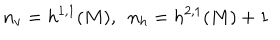
LaTeX: n _ { v } = h ^ { 1 , 1 } ( M ) , ~ ~ n _ { h } = h ^ { 2 , 1 } ( M ) + 1